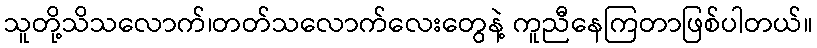
သူတို့သိသလောက်၊တတ်သလောက်လေးတွေနဲ့ ကူညီနေကြတာဖြစ်ပါတယ်။